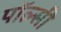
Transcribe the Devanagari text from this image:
पॉल्सी